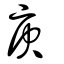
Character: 庚